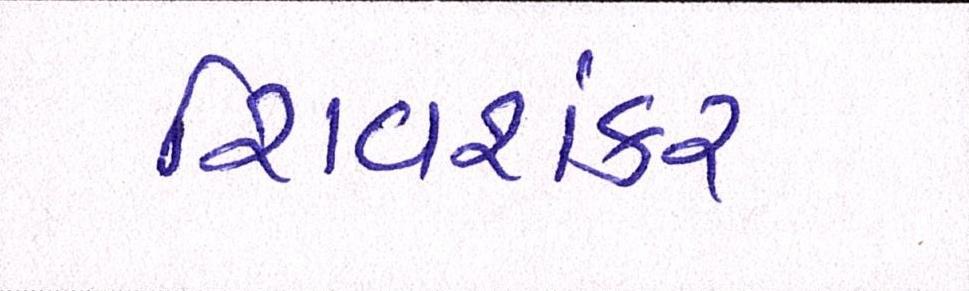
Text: શિવશંકર